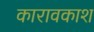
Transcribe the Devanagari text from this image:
कारावकाश